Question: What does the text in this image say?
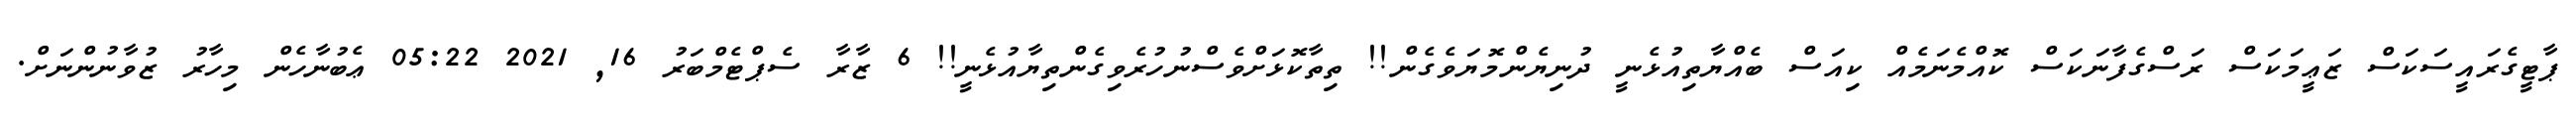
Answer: ޕާޓީގެރައީސަކަސް ޒަޢީމަކަސް ރަސްގެފާނަކަސް ކޮއްމެނަމެއް ކިއަސް ބެއްޔާތިއުޅެނީ ދުނިޔެންމޮޔަވެގެން!! ތިތާކޮޅަށްވެސްނުހުރެވިގެންތިޔާއުޅެނީ!! 6 ޒާރާ ސެޕްޓެމްބަރު 16, 2021 05:22 ޢެބުނާހެން މިހާރު ޒުވާނުންނަށް.